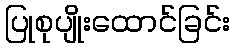
ပြုစုပျိုးထောင်ခြင်း